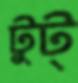
টুট্